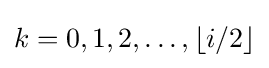
k=0,1,2,\ldots ,\lfloor i/2\rfloor